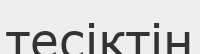
тесіктін